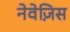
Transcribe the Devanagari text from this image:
नेवेज़िस